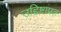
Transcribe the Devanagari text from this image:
उद्दिष्टाप्रत